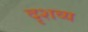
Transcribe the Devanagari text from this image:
दृशव्य